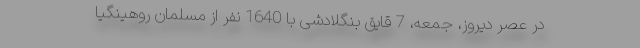
در عصر دیروز، جمعه، 7 قایق بنگلادشی با 1640 نفر از مسلمان روهینگیا